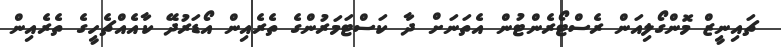
ޗައިނީޒް މޮންގޯލިއަން ރެސްޓޯރެންޓުން އެތަނަށް ދާ ކަސްޓަމަރުންގެ ތެރެއިން އޯޑަރުދޭ ކާއެއްޗެހީގެ ތެރެއިން